Annual administration report of the Civil Veterinary Department, Ajmere-Merwara, British Rajputana - 1914-1940
Year: 1914
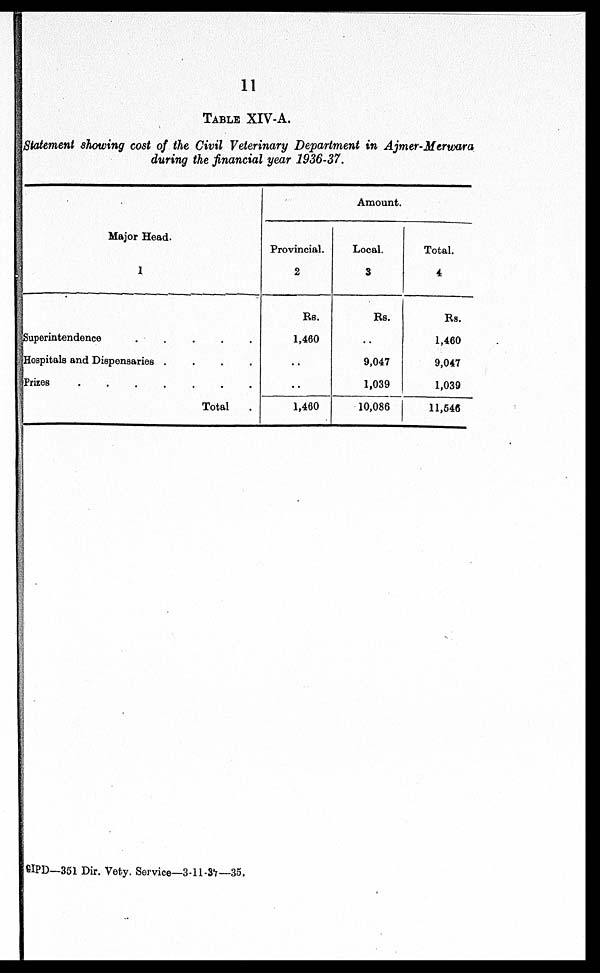
11
TABLE XIV-A.
Statement showing cost of the Civil Veterinary Department in Ajmer-Merwara
during the financial year 1936-37.
Major Head.
1
Superintendence
.....
Hospitals and Dispensaries
....
Prizes
Total
.
Amount.
Provincial.
2
Rs.
1,460
..
..
1,460
Local.
3
Rs.
..
9,047
1,039
10,086
Total.
4
Rs.
1,460
9,047
1,039
11,546
GIPD—351 Dir. Vety. Service—3-11-37—35.